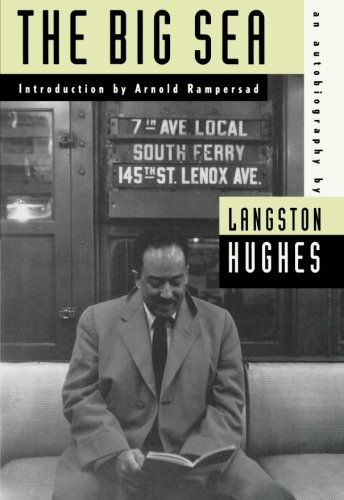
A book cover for The Big Sea: An Autobiography (American Century Series); Langston Hughes; Biographies & Memoirs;